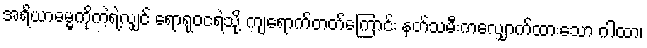
အရိယာဓမ္မကိုကဲ့ရဲ့လျှင် ရောရုဝငရဲသို့ ကျရောက်တတ်ကြောင်း နတ်သမီးကလျှောက်ထားသော ဂါထာ၊